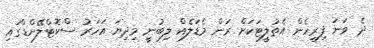
ދެ ވަނަ ފިރިހެން އެތުލީޓަކަށް ރަން މެޑަލެއް ލިބުނީ މިދިޔަ އަހަރު ސްކޮޓްލޭންޑްގައި